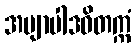
အဗျာပါဒဝိတက္ကံ